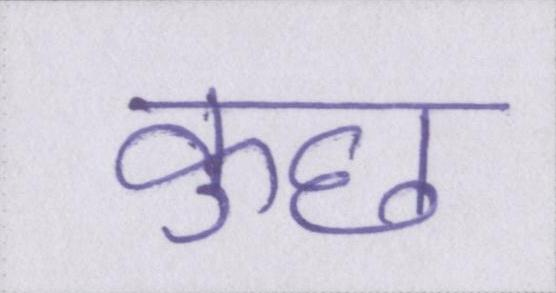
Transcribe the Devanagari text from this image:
कुछ